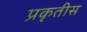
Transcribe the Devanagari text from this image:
प्रकृतीस